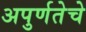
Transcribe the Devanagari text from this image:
अपुर्णतेचे